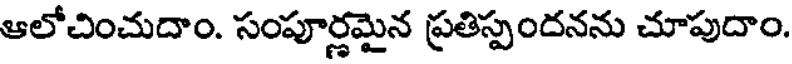
ఆలోచించుదాం. సంపూర్ణమైన ప్రతిస్పందనను చూపుదాం.